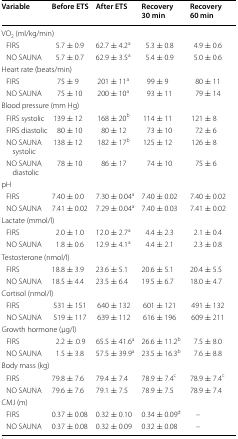
<table><thead><tr><td><b>Variable</b></td><td><b>Before ETS</b></td><td><b>After ETS</b></td><td><b>Recovery 30 min</b></td><td><b>Recovery 60 min</b></td></tr></thead><tbody><tr><td colspan="5">VO<sub>2</sub> (ml/kg/min)</td></tr><tr><td> FIRS</td><td>5.7 ± 0.9</td><td>62.7 ± 4.2<sup>a</sup></td><td>5.3 ± 0.8</td><td>4.9 ± 0.6</td></tr><tr><td> NO SAUNA</td><td>5.7 ± 0.7</td><td>62.9 ± 3.5<sup>a</sup></td><td>5.4 ± 0.9</td><td>5.0 ± 0.6</td></tr><tr><td colspan="5">Heart rate (beats/min)</td></tr><tr><td> FIRS</td><td>75 ± 9</td><td>201 ± 11<sup>a</sup></td><td>99 ± 9</td><td>80 ± 11</td></tr><tr><td> NO SAUNA</td><td>75 ± 10</td><td>200 ± 10<sup>a</sup></td><td>93 ± 11</td><td>79 ± 14</td></tr><tr><td colspan="5">Blood pressure (mm Hg)</td></tr><tr><td> FIRS systolic</td><td>139 ± 12</td><td>168 ± 20<sup>b</sup></td><td>114 ± 11</td><td>121 ± 8</td></tr><tr><td> FIRS diastolic</td><td>80 ± 10</td><td>80 ± 12</td><td>73 ± 10</td><td>72 ± 6</td></tr><tr><td> NO SAUNA systolic</td><td>138 ± 12</td><td>182 ± 17<sup>b</sup></td><td>125 ± 12</td><td>126 ± 8</td></tr><tr><td> NO SAUNA diastolic</td><td>78 ± 10</td><td>86 ± 17</td><td>74 ± 10</td><td>75 ± 6</td></tr><tr><td colspan="5">pH</td></tr><tr><td> FIRS</td><td>7.40 ± 0.0</td><td>7.30 ± 0.04<sup>a</sup></td><td>7.40 ± 0.02</td><td>7.40 ± 0.02</td></tr><tr><td> NO SAUNA</td><td>7.41 ± 0.02</td><td>7.29 ± 0.04<sup>a</sup></td><td>7.40 ± 0.03</td><td>7.41 ± 0.02</td></tr><tr><td colspan="5">Lactate (mmol/l)</td></tr><tr><td> FIRS</td><td>2.0 ± 1.0</td><td>12.0 ± 2.7<sup>a</sup></td><td>4.4 ± 2.3</td><td>2.1 ± 0.4</td></tr><tr><td> NO SAUNA</td><td>1.8 ± 0.6</td><td>12.9 ± 4.1<sup>a</sup></td><td>4.4 ± 2.1</td><td>2.3 ± 0.8</td></tr><tr><td colspan="5">Testosterone (nmol/l)</td></tr><tr><td> FIRS</td><td>18.8 ± 3.9</td><td>23.6 ± 5.1</td><td>20.6 ± 5.1</td><td>20.4 ± 5.5</td></tr><tr><td> NO SAUNA</td><td>18.5 ± 4.4</td><td>23.5 ± 6.4</td><td>19.5 ± 6.7</td><td>18.0 ± 4.7</td></tr><tr><td colspan="5">Cortisol (nmol/l)</td></tr><tr><td> FIRS</td><td>531 ± 151</td><td>640 ± 132</td><td>601 ± 121</td><td>491 ± 132</td></tr><tr><td> NO SAUNA</td><td>519 ± 117</td><td>639 ± 112</td><td>616 ± 196</td><td>609 ± 211</td></tr><tr><td colspan="5">Growth hormone (μg/l)</td></tr><tr><td> FIRS</td><td>2.2 ± .0.9</td><td>65.5 ± 41.6<sup>a</sup></td><td>26.6 ± 11.2<sup>b</sup></td><td>7.5 ± 8.0</td></tr><tr><td> NO SAUNA</td><td>1.5 ± 3.8</td><td>57.5 ± 39.9<sup>a</sup></td><td>23.5 ± 16.3<sup>b</sup></td><td>7.6 ± 8.8</td></tr><tr><td colspan="5">Body mass (kg)</td></tr><tr><td> FIRS</td><td>79.8 ± 7.6</td><td>79.4 ± 7.4</td><td>78.9 ± 7.4<sup>c</sup></td><td>78.9 ± 7.4<sup>c</sup></td></tr><tr><td> NO SAUNA</td><td>79.6 ± 7.6</td><td>79.1 ± 7.5</td><td>78.9 ± 7.5</td><td>78.9 ± 7.4</td></tr><tr><td colspan="5">CMJ (m)</td></tr><tr><td> FIRS</td><td>0.37 ± 0.08</td><td>0.32 ± 0.10</td><td>0.34 ± 0.09<sup>d</sup></td><td>–</td></tr><tr><td> NO SAUNA</td><td>0.37 ± 0.08</td><td>0.32 ± 0.09</td><td>0.32 ± 0.08</td><td>–</td></tr></tbody></table>